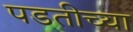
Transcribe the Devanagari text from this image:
पडतीच्या